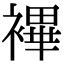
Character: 襅